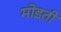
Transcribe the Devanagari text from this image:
मोडती